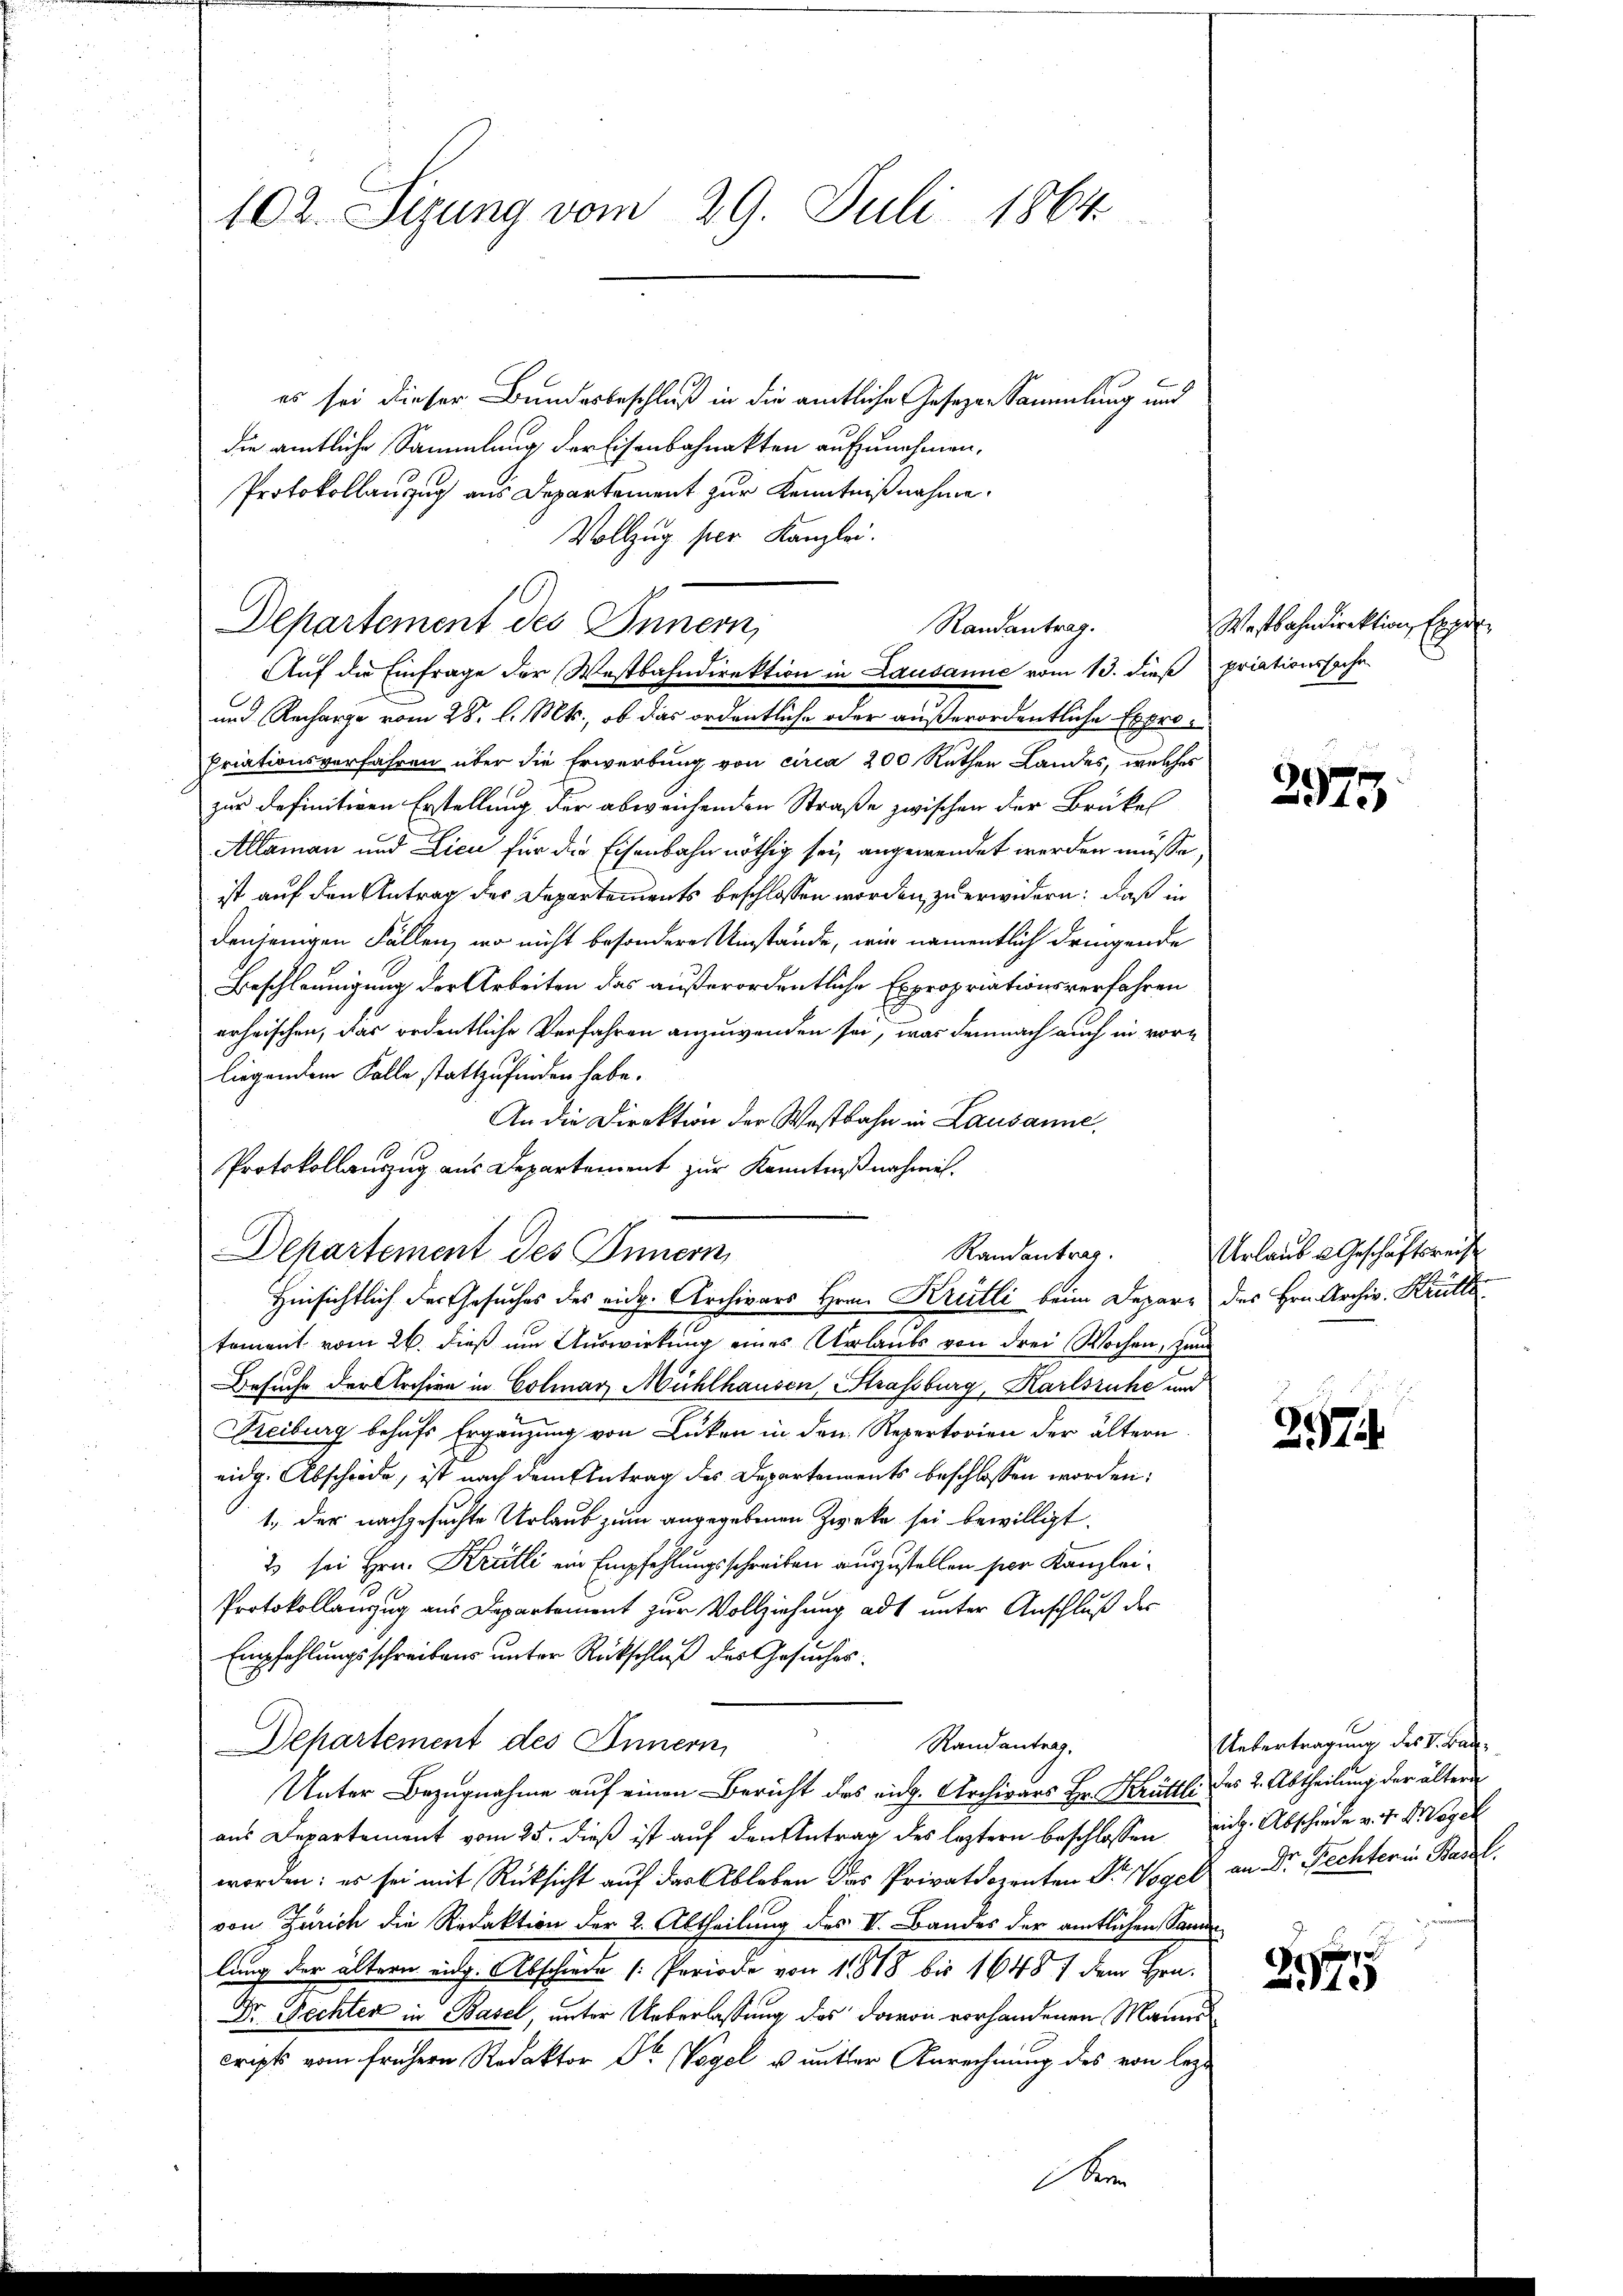
102. Sizung vom 29. Juli 1864.

es sei dieser Bundesbeschluß in die amtliche Gesezen Sammlung und
die amtliche Sammlung der Eisenbahnakten aufzunehmen,
Protokollanzug aus Departement zur Kenntnißnahme.
Vollzug hier Kanzlei.
Departement des Innern,
Auf die Einfrage der Westbahndirektion in Lausanne vom 13. dieß priationssache
und Recharge vom 28. l. Mts., ob das ordentliche oder außerordentliche Expropriationsverfahren über die Erwerbung von circa 200 Ruthen Landes, welches
zur definitiven Erstellung der abweichenden Straße zwischen der Brükel
Allaman und Licu für die Eisenbahn nöthig sei, angewendet werden müsse,
ist auf den Antrag des Departements beschlossen worden zu erwidern: daß in
denjenigen Fällen, wo nicht besondere Umstände, wir namentlich dringende
Beschleunigung der Arbeiten das außerordentliche Expropriationsverfahren
erheischen, das ordentliche Verfahren anzuwenden sei, was demnach auch in vorliegendem Falle stattzufinden habe.
An die Direktion der Westbahn in Lausanne.
Protokollauszug aus Departement zur Kenntnißnahmen.
Departement des Innern
Randantrag.
Hinsichtlich der Gesuches des eidg. Archivars Hrn. Kreitli beim Depare des Hrn. Archiv, Krütte
tement vom 26. dieß um Auswirkung eines Urlaubs von drei Wochen, zum
Besuche der Archive in Colmar Mühlhausen, Strassburg, Karlsruhe und
Reiburg behufs Ergänzung von Lücken in den Repertorien der ältern
eidg. Abscheide, ist nach dem Antrag des Departements beschlossen worden:
1., der nachgesuchte Urlaub zum angegebenen Zwecke sei bewilligt.
2 sei Hrn. Krätli ein Empfehlungsschreiben auszustellen per Kanzlei¬
Protokollanzug aus Departement zur Vollziehung ad unter Anschluß des
Empfehlungsschreibens unter Rückschluß des Gesucher¬
Departement des Innern,
Randantrag.
Unter Bezugnahme auf einen Bericht des eidg. Archivars Hr. Krüttl. des 2. Abtheilung der ältern
aus Departement vom 25. dieß ist auf den Antrag des leztern beschlossen eidg. Abschiede v. J. Mogel
worden: es sei mit Rücksicht auf das Ableben das Privatdozenten Dr Vogel an Dr. Rechter in Basel
von Zürich die Redaktion der 2. Abtheilung des V. Bandes der amtlichen Samm
lung der ältern eidg. Abschiede Periode von 1818 bis 1648 / dem Hrn.
Dr. Rechter in Basel, unter Ueberlassung des davon vorhandenen Manns
cripts vom frühern Redaktor Dr Vogel u. unter Anrechnung des von lezt

Randantrag.

S

Westbahndirektion Eigen

2975.

Urlaub u. Geschäftsreche

2574.

Uebertragung des V. Bau¬

257